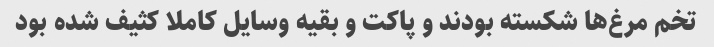
تخم مرغ‌ها شکسته بودند و پاکت و بقیه وسایل کاملا کثیف شده بود